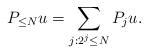
LaTeX: \begin{align*}P_{\leq N} u = \sum_{j : 2^{j} \leq N} P_{j} u.\end{align*}